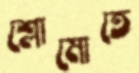
শ্লোমোতে